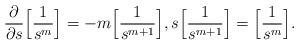
LaTeX: \begin{align*}\frac{\partial}{\partial s}\Big[\frac{1}{s^m}\Big]=-m\Big[\frac{1}{s^{m+1}}\Big], s\Big[\frac{1}{s^{m+1}}\Big]=\Big[\frac{1}{s^m}\Big].\end{align*}